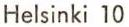
Helsinki 10